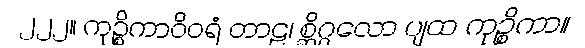
၂၂၂။ ကုဉ္စိကာဝိဝရံ တာဠ၊ စ္ဆိဂ္ဂလော ပျထ ကုဉ္စိကာ။